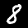
Label: 8